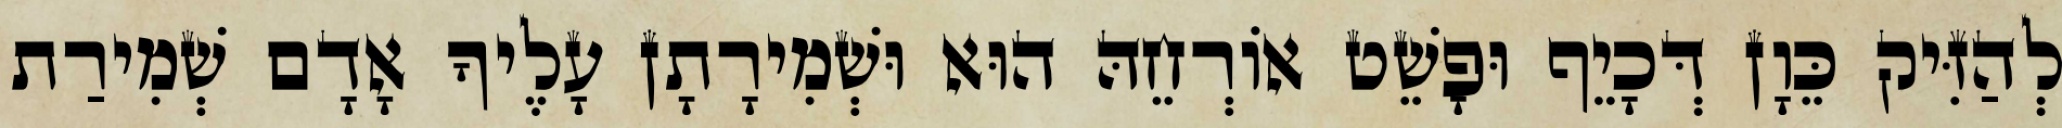
לְהַזִּיק כֵּוָן דְּכָיֵף וּפָשֵׁט אוֹרְחֵהּ הוּא וּשְׁמִירָתָן עָלֶיךָ אָדָם שְׁמִירַת